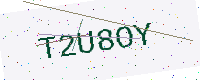
Text: T2U8OY